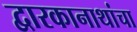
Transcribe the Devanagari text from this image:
द्वारकानाथांचा